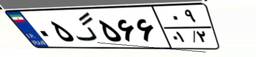
۰۵گ۵۶۶۰۹